Indian Medical Review
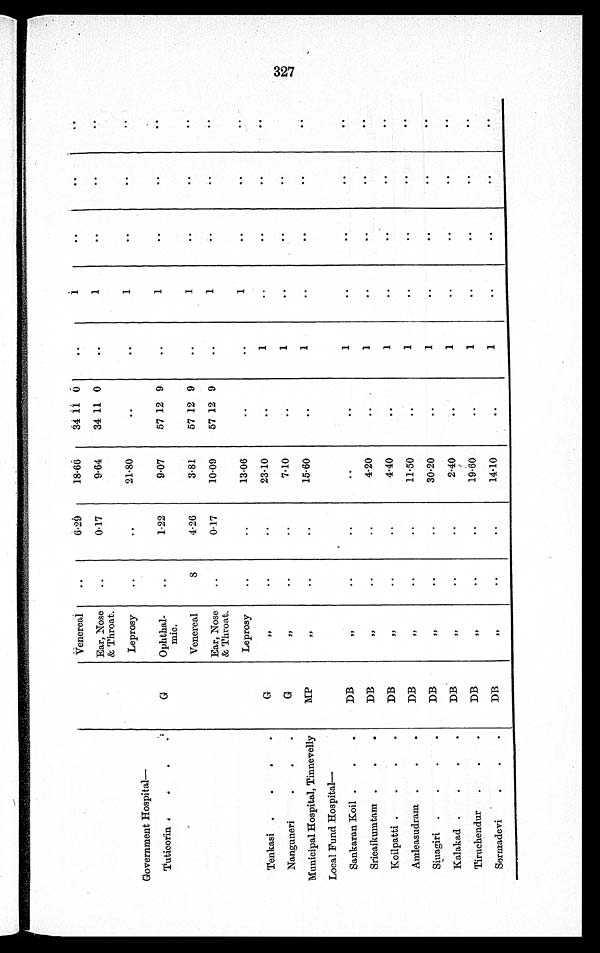
Venereal
..
6·29
18·66
34 11 0
..
1
..
. . . .
Ear, Nose
& Throat.
..
0·17
9.64
34 11 0
..
1
. .
. . ..•
Leprosy
..
..
21·80
..
..
1
. .
. .
. .
Government Hospital
—
Tuticorin
G
Ophthal-
mic.
..
1·22
9·07
57 12 9
..
1
. .
. .
. .
Venereal
8 4·26
3·81
57 12 9
..
1
. .
. . . .
Ear, Nose
& Throat.
..
0·17
10·09
57 12 9
..
1
. .
. . . .
Leprosy
..
..
13·06
..
..
1
. .
. .
. .
Tenkasi
G
, ,
. .
..
23·10
..
1
..
. .
. .
. .
Nanguneri
G
,,
..
. .
7·10
..
1
..
. .
. .
..
Municipal Hospital, Tinnevelly
M P
, ,
. .
. .
15·60
..
. .
1
. .
. .
..
Local Fund Hospital
—
Sankaran Koil
D B
, ,
. .
. .
..
..
1
..
..
..
. .
Srieaikumtam
D B
, ,
. .
..
4·20
..
1
..
. .
. .
. .
Koilpatti
D B
, ,
...
. .
4·40
..
1
. .
. .
. .
. .
Amleasudram
D B
, ,
. .
. .
11·50
..
1
..
. .
. .
.
Siuagiri
D B
, ,
. .
..
30·20
..
1
..
..
. . . .
Kalakad
D B
, , ..
..
2·40
..
1
. .
..
. .
. .
Tiruchendur
DB
, ,
. .
..
19·60
..
1
. .
. .
. . . .
Sermadevi
DB
, ,
. .
. .
14·10
..
1
. .
. .
. .
...